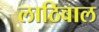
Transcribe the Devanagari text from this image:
लाठिवाल